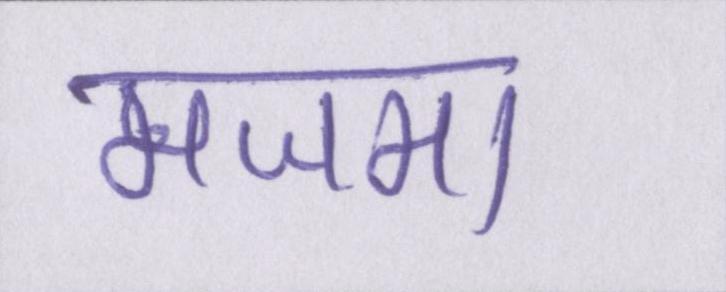
मजमा